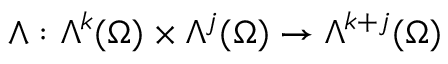
\wedge : \Lambda ^ { k } ( \Omega ) \times \Lambda ^ { j } ( \Omega ) \to \Lambda ^ { k + j } ( \Omega )